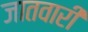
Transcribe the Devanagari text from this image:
जातवारी